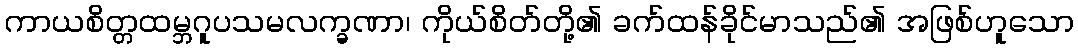
ကာယစိတ္တထမ္ဘဂူပသမလက္ခဏာ၊ ကိုယ်စိတ်တို့၏ ခက်ထန်ခိုင်မာသည်၏ အဖြစ်ဟူသော